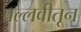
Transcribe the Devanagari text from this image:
पल्लवीतून